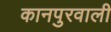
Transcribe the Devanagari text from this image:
कानपुरवाली